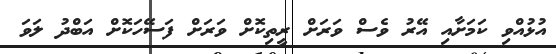
އުޅުއްވި ކަމަށާއި އޭރު ވެސް ވަރަށް ރީތިކޮށް ވަރަށް ފަސޭހަކޮށް އަބްދު ލަވަ